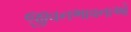
જીવનભાવનાઓ